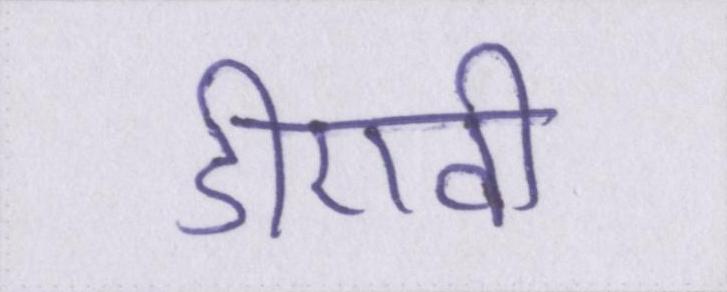
डीएवी